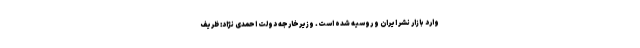
وارد بازار نشر ایران و روسیه شده است. وزیرخارجه دولت احمدی نژاد: ظریف